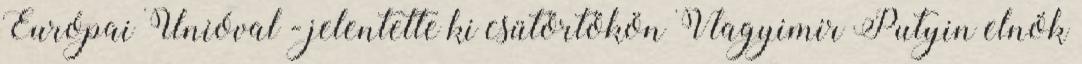
Európai Unióval - jelentette ki csütörtökön Vlagyimir Putyin elnök